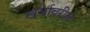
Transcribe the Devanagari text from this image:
खर्चावरील